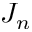
J _ { n }